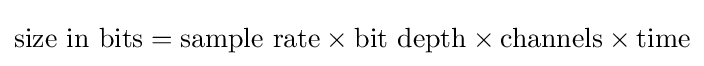
{\text{size in bits}}={\text{sample rate}}\times {\text{bit depth}}\times {\text{channels}}\times {\text{time}}